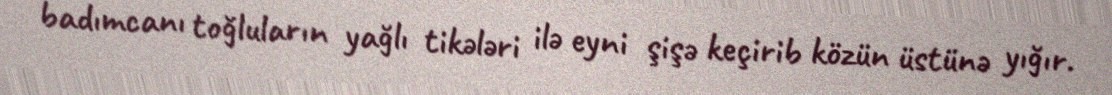
badımcanı toğluların yağlı tikələri ilə eyni şişə keçirib közün üstünə yığır.